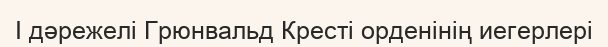
I дәрежелі Грюнвальд Кресті орденінің иегерлері